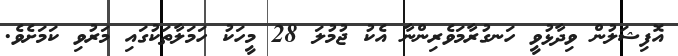
އޮފިޝަލުން ވިދާޅުވީ ހަނގުރާމަވެރިންނާ އެކު ޖުމުލަ 28 މީހަކު ހަމަލާތަކުގައި މަރުވި ކަމަށެވެ.